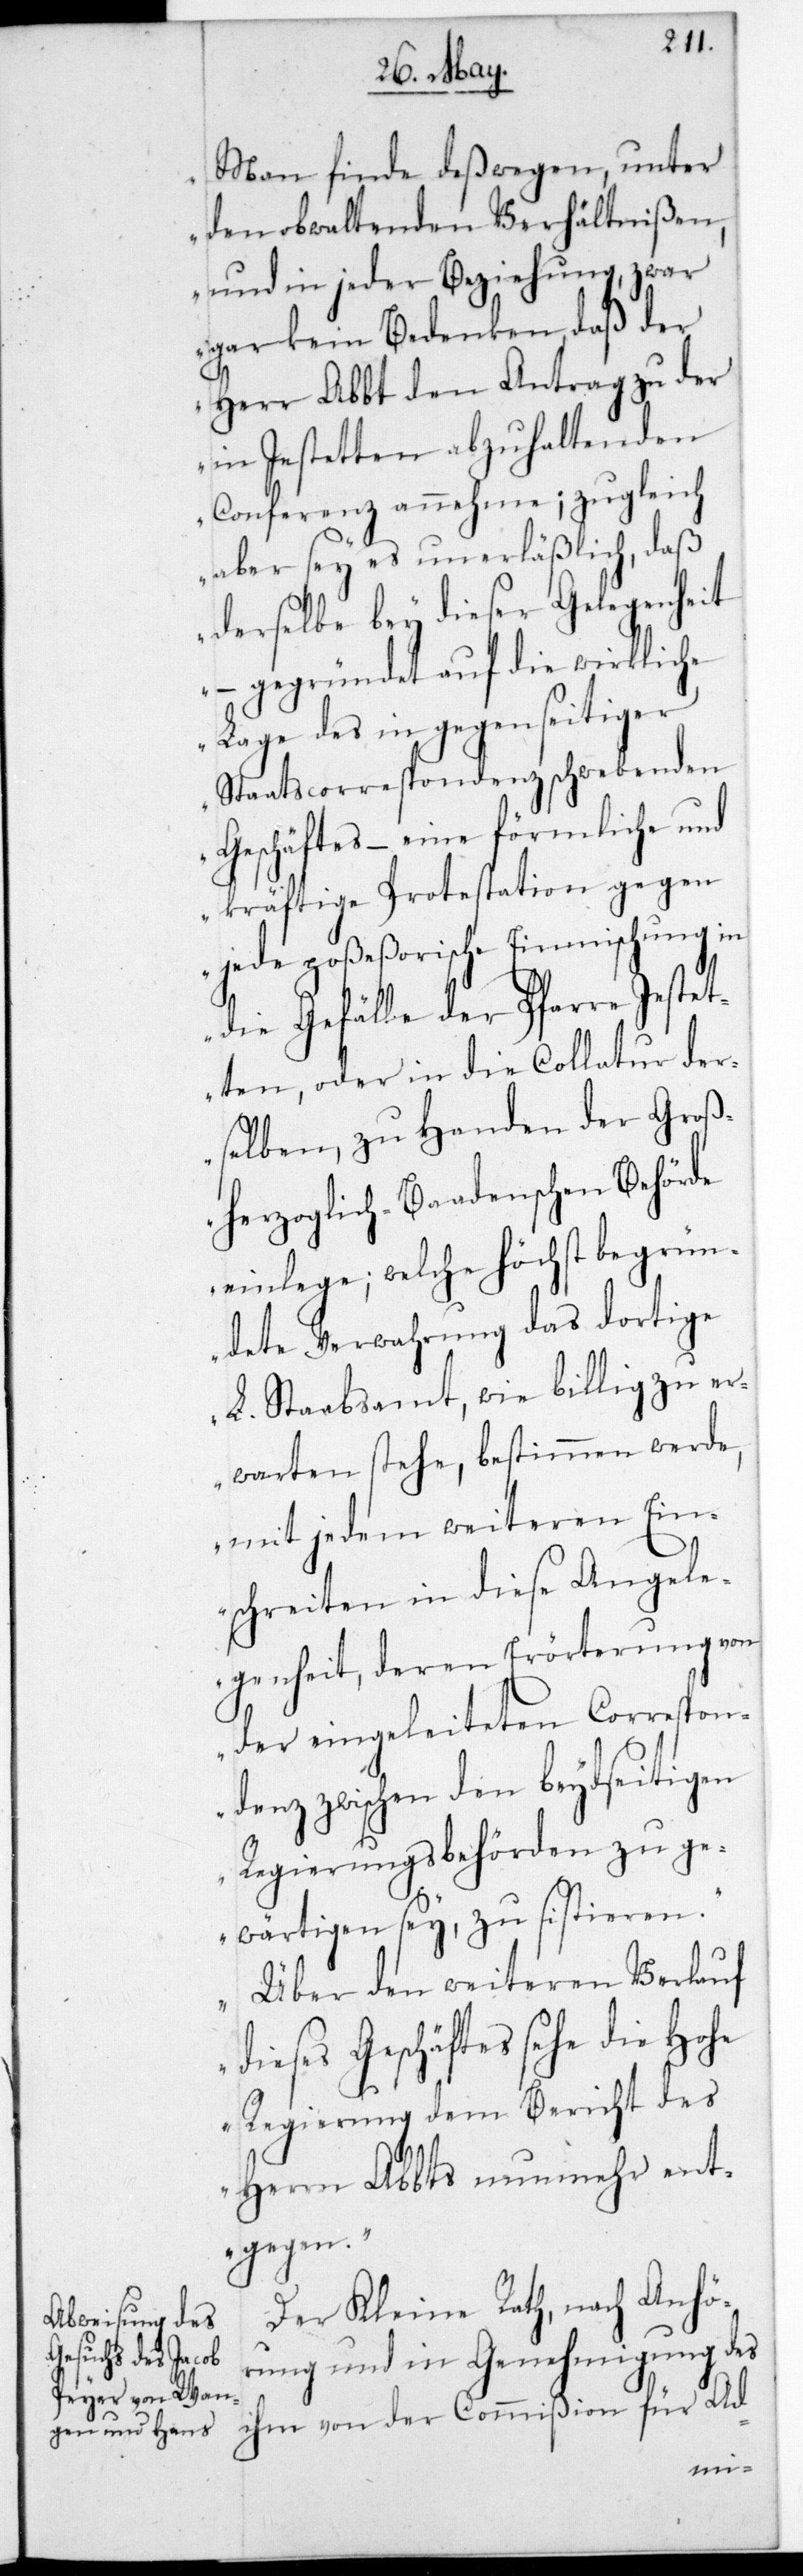
Man finde deßwegen, unter
den obwaltenden Verhältnißen
und in jeder Beziehung, zwar
gar kein Bedenken, daß der
Herr Abbt den Antrag zu der
in Jestetten abzuhaltenden
Conferenz annehme; zugleich
aber sey es unerläßlich, daß
derselbe bey dieser Gelegenheit
– gegründet auf die wirkliche
Lage des in gegenseitiger
Staatscorrespondenz schwebenden
Geschäftes, – eine förmliche und
kräftige Protestation gegen
jede poßeßorische Einmischung in
die Gefälle der Pfarre Jestet¬
ten, oder in die Collatur der¬
selben, zu Handen der Groß¬
herzoglich-Baadenschen Behörde
einlege; welche Höchst begrün¬
dete Verwahrung das dortige
L. Stabsamt, wie billig zu er¬
warten stehe, bestimmen werde,
mit jedem weiteren Ein¬
schreiten in diese Angele¬
genheit, deren Erörterung von
der eingeleiteten Correspon¬
denz zwischen den beydseitigen
wärtigen sey, zu sistieren.
Über den weiteren Verlauf
dieses Geschäftes sehe die Hoh¬
e Regierung dem Bericht des
Herrn Abts nunmehr ent¬
gegen.“
Der Kleine Rath hat, nach
rung und in Genehmigung des
ihm von der Commißion für Ad-
Anhö¬